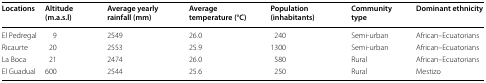
<table><thead><tr><td><b>Locations</b></td><td><b>Altitude (m.a.s.l)</b></td><td><b>Average yearly rainfall (mm)</b></td><td><b>Average temperature (°C)</b></td><td><b>Population (inhabitants)</b></td><td><b>Community type</b></td><td><b>Dominant ethnicity</b></td></tr></thead><tbody><tr><td>El Pedregal</td><td>9</td><td>2549</td><td>26.0</td><td>240</td><td>Semi-urban</td><td>African–Ecuatorians</td></tr><tr><td>Ricaurte</td><td>20</td><td>2553</td><td>25.9</td><td>1300</td><td>Semi-urban</td><td>African–Ecuatorians</td></tr><tr><td>La Boca</td><td>21</td><td>2474</td><td>26.0</td><td>580</td><td>Rural</td><td>African–Ecuatorians</td></tr><tr><td>El Guadual</td><td>600</td><td>2544</td><td>25.6</td><td>250</td><td>Rural</td><td>Mestizo</td></tr></tbody></table>